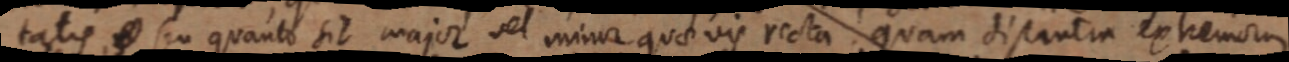
tatis, _ seu quanto sit major vel minor quae vis recta quam distantia extremorum